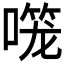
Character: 𱔌